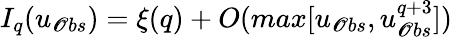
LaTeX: I_{q}(u_{\mathscr{O}bs})=\xi(q)+O(max[u_{\mathscr{O}bs},u_{\mathscr{O}bs}^{q+3}])